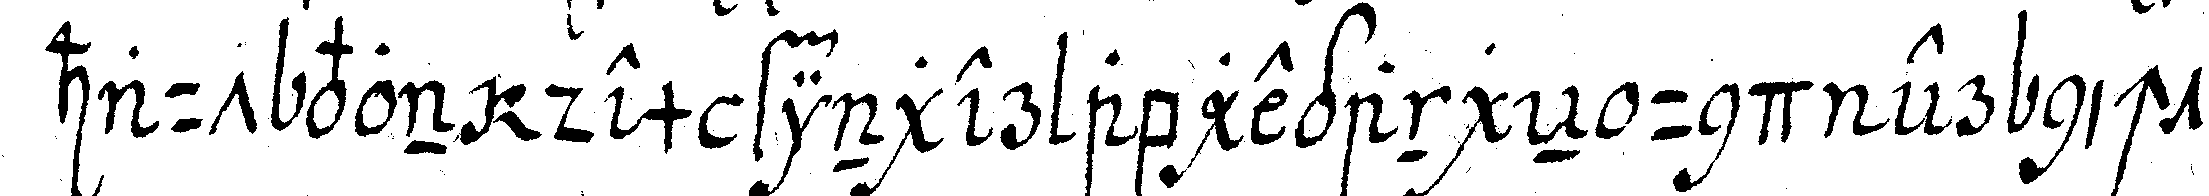
haut von dem finger abggangeN und er nicht